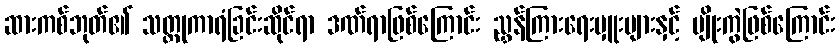
ဆားကစ်ဘုတ်၏ သတ္တုကာရံခြင်းဆိုင်ရာ ဒဏ်ရာဖြစ်ကြောင်း ညွှန်ကြားရေးမှူးများနှင့် မျိုးကွဲဖြစ်ကြောင်း